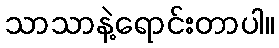
သာသာနဲ့ရောင်းတာပါ။